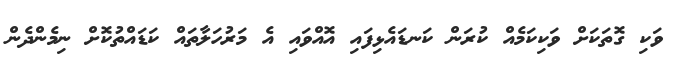
ވަކި ގޮތަކަށް ވަކިކަމެއް ކުރަން ކަނޑައެޅިފައި އޮއްވައި އެ މަރުހަލާތައް ކަޑައްތުކޮށް ނިމެންދެން